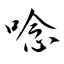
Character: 唸